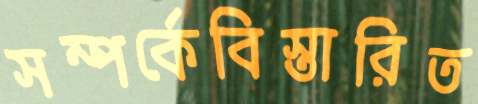
সম্পর্কেবিস্তারিত